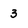
Character: 3